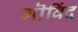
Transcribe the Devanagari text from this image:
गॊविंद